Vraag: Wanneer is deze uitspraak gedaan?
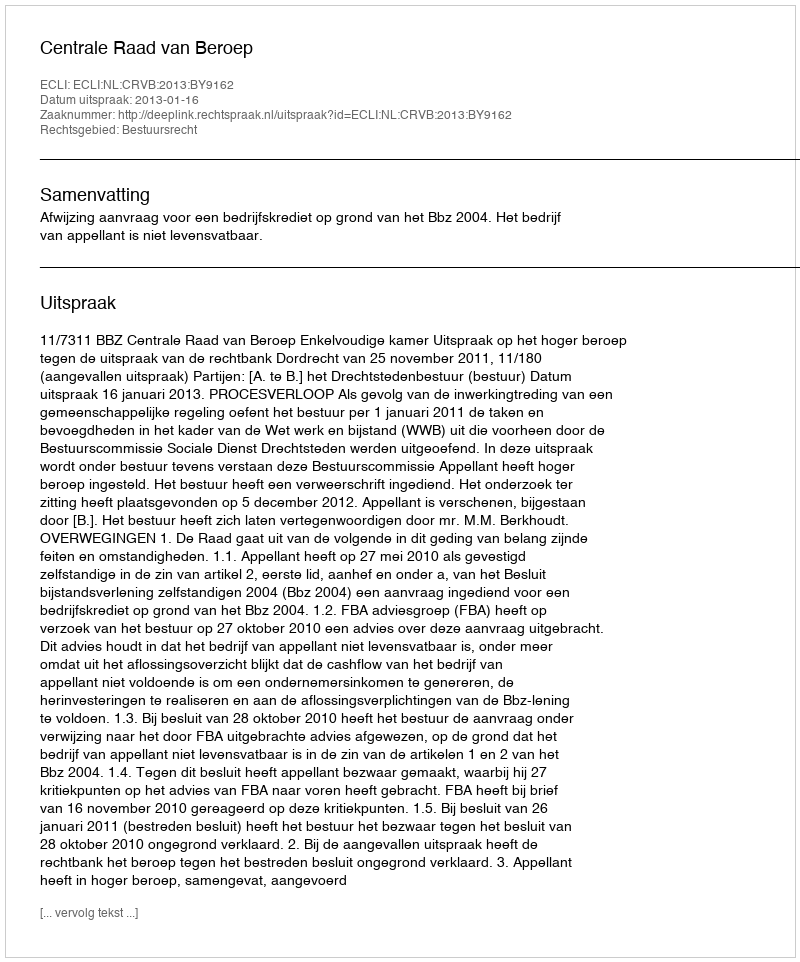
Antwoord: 2013-01-16